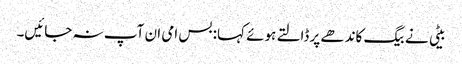
بیٹی نے بیگ کاندھے پر ڈالتے ہوئے کہا: بس امی ان آپ نہ جائیں۔